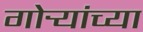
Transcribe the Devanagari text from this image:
गोर्‍यांच्या